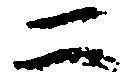
二